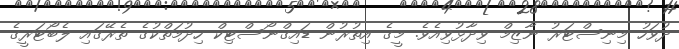
ދުވަހު މިނިސްޓަރު ނާޒިމް ވިދާޅުވިއެވެ. މީގެ އިތުރުން ޑައިގްނޯސްޓިކް ހިދުމަތްކުގެ ތެރޭގައި ލެބޯޓަރީގެ